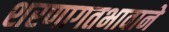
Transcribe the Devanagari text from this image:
शरणागतभावाने